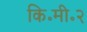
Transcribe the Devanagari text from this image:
कि॰मी॰२